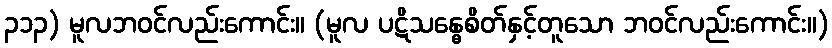
၃၁၃) မူလဘဝင်လည်းကောင်း။ (မူလ ပဋိသန္ဓေစိတ်နှင့်တူသော ဘဝင်လည်းကောင်း။)